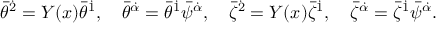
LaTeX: { \bar { \theta } } ^ { \dot { 2 } } = Y ( x ) { \bar { \theta } } ^ { \dot { 1 } } , \quad { \bar { \theta } } ^ { \dot { \alpha } } = { \bar { \theta } } ^ { \dot { 1 } } { \bar { \psi } } ^ { \dot { \alpha } } , \quad { \bar { \zeta } } ^ { \dot { 2 } } = Y ( x ) { \bar { \zeta } } ^ { \dot { 1 } } , \quad { \bar { \zeta } } ^ { \dot { \alpha } } = { \bar { \zeta } } ^ { \dot { 1 } } { \bar { \psi } } ^ { \dot { \alpha } } .